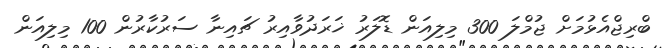
ބްރިޖްއެޅުމަށް ޖުމްލަ 300 މިލިއަން ޑޮލަރު ޚަރަދުވާއިރު ޗައިނާ ސަރުކާރުން 100 މިލިއަން